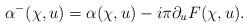
LaTeX: \begin{align*}\alpha^-(\chi,u) &= \alpha(\chi,u) -i\pi \partial_u F(\chi,u).\end{align*}